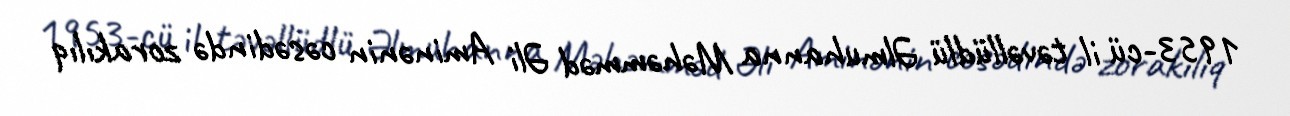
1953-cü il təvəllüdlü Əlmuhanna Məhəmməd Əli Aminənin cəsədində zorakılıq